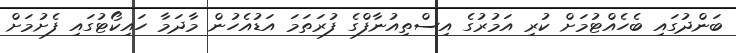
ބަންދުގައި ބެހެއްޓުމަށް ކުރި އަމުރުގެ އިސްތިއުނާފްގެ ފުރަތަމަ އަޑުއެހުން މާދަމާ ހައިކޯޓުގައި ފެށުމަށް